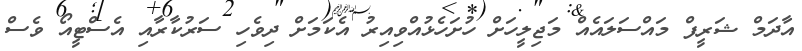
އާދަމް ޝަރީފް މައްސަލައެއް މަޖިލީހަށް ހުށަހެޅުއްވިއިރު އެކަމަށް ދިވެހި ސަރުކާރާއި އެސްޓީއޯ ވެސް